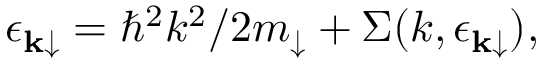
\epsilon _ { \mathbf k \downarrow } = \hbar ^ { 2 } k ^ { 2 } / 2 m _ { \downarrow } + \Sigma ( k , \epsilon _ { \mathbf k \downarrow } ) ,